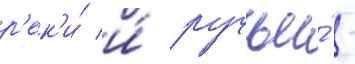
р'ек'и́ и́ ручьи́ -